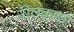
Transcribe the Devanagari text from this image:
नीलकण्ठं